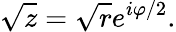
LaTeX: {\sqrt{z}}={\sqrt{r}}e^{i\varphi/2}.